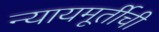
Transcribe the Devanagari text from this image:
न्यायमूर्तीची